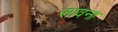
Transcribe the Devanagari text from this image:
सावना